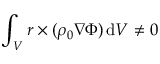
\int _ { V } \boldsymbol { r } \times ( \rho _ { 0 } \nabla \Phi ) \, \mathrm { d } V \neq \boldsymbol { 0 }